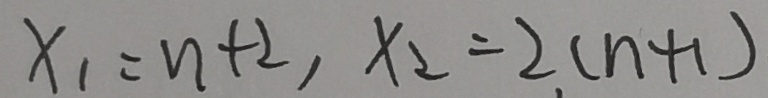
x _ { 1 } = n + 2 , x _ { 2 } = 2 ( n + 1 )